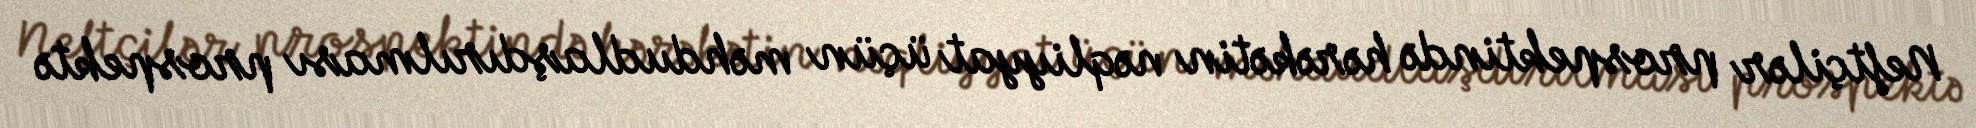
Neftçilər prospektində hərəkətin nəqliyyat üçün məhdudlaşdırılması prospektə